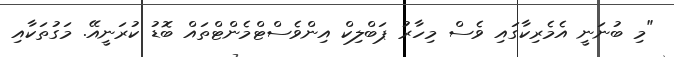
"މި ބުނަނީ އެމެރިކާގައި ވެސް މިހާރު ޕަބްލިކް އިންވެސްޓްމެންޓްތައް ބޮޑު ކުރަނީއޭ. މަގުތަކާއި